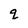
Character: q